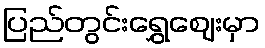
ပြည်တွင်းရွှေဈေးမှာ